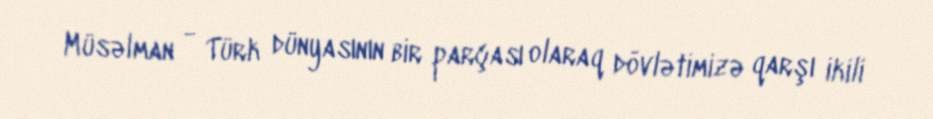
Müsəlman - Türk dünyasının bir parçası olaraq dövlətimizə qarşı ikili